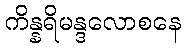
ကိန္နရိမန္ဒလောစနေ